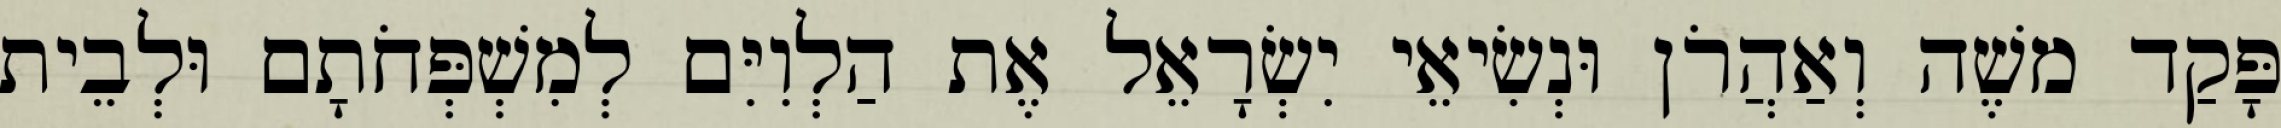
פָּקַד משֶׁה וְאַהֲרֹן וּנְשִׂיאֵי יִשְׂרָאֵל אֶת הַלְוִיִּם לְמִשְׁפְּחֹתָם וּלְבֵית